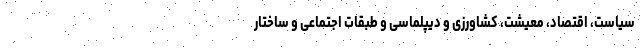
سیاست، اقتصاد، معیشت، کشاورزی و دیپلماسی و طبقات اجتماعی و ساختار